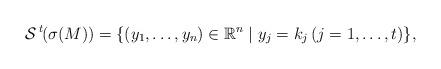
LaTeX: \begin{align*}{\mathcal{S}}\,{}^t\!(\sigma(M))&=\{(y_1,\dots,y_n)\in\mathbb{R}^n\mid y_j=k_j\,(j=1,\dots,t)\},\end{align*}